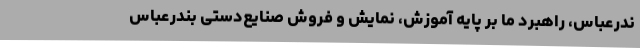
ندرعباس، راهبرد ما بر پایه آموزش، نمایش و فروش صنایع‌دستی بندرعباس